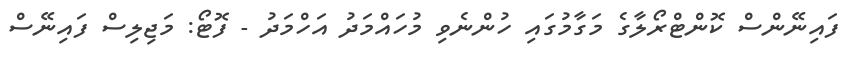
ފައިނޭންސް ކޮންޓްރޯލާގެ މަގާމުގައި ހުންނެވި މުހައްމަދު އަހްމަދު - ފޮޓޯ: މަޖިލިސް ފައިނޭސް